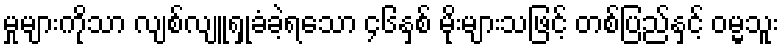
မှုများကိုသာ လျစ်လျူရှုခံခဲ့ရသော ၄၆နှစ် မိုးများသဖြင့် တစ်ပြည်နှင့် ဝမ္မသူး